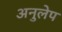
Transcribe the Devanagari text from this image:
अनुलेप